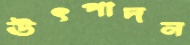
ঊৎপাদন